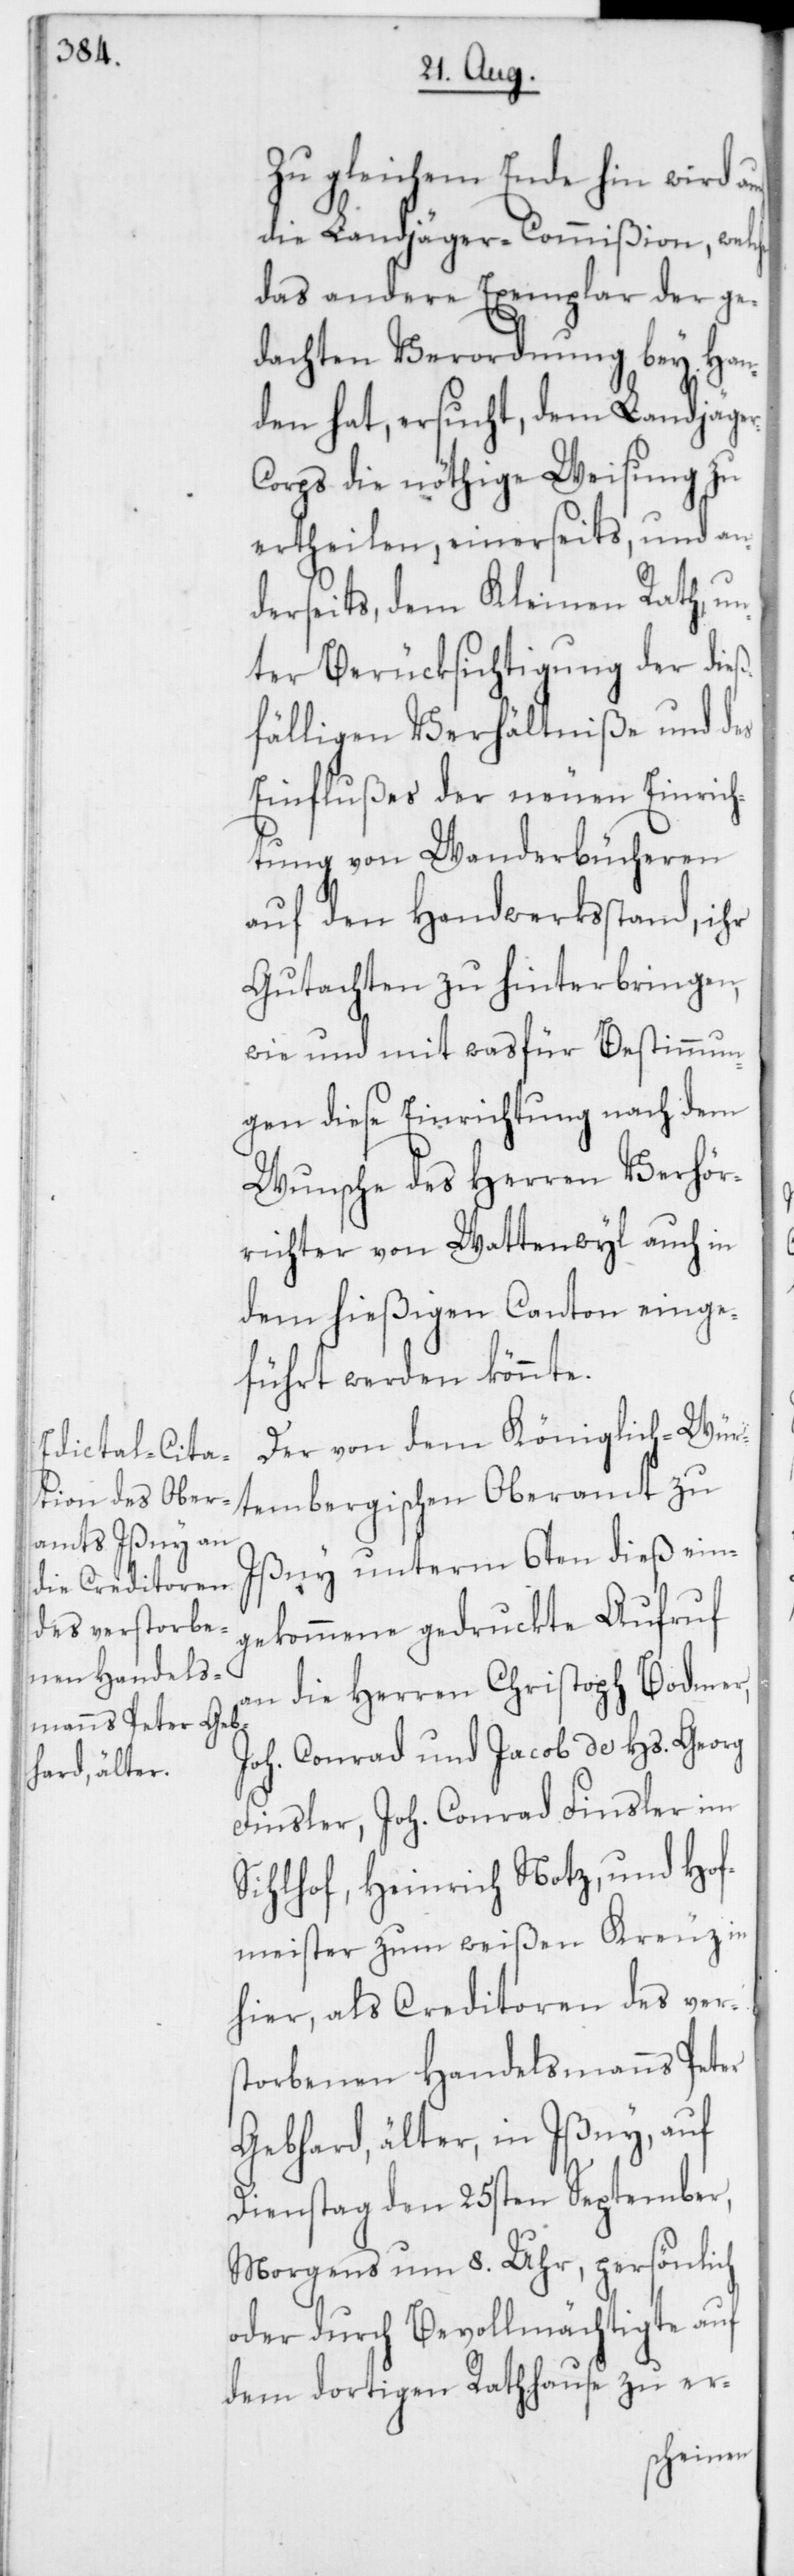
Zu gleichem Ende hin wird
die Landjäger-Commißion, welche
das andere Exemplar der ge¬
dachten Verordnung bey Han¬
den hat ersucht, dem Landjäge¬
r-Corps die nöthige Weisung zu
ertheilen, einerseits, und an¬
derseits dem Kleinen Rath un¬
ter Berücksichtigung der dieß¬
fälligen Verhältniße und des
Einflußes der neuen Einrich¬
tung von Wanderbücheren
auf den Handwerksstand, ihr
Gutachten zu hinterbringen,
wie und mit wasfür Bestimmun¬
gen diese Einrichtung nach dem
Wunsche des Herren Verhör¬
richter von Wattenwyl auch in
dem hießigen Canton einge¬
führt werden könnte.
Der von dem Königlich-Wür¬
tembergischen Oberamt zu
Ißny unterm 6ten dieß ein¬
gekommene gedruckte Aufruf
an die Herren Christoph Bodmer,
Joh. Conrad und Jacob de Hs. Georg
Finsler, Joh. Conrad Finsler im
Sihlhof, Heinrich Notz und Hof¬
meister zum weißen Kreuz in
hier, als Creditoren des vers¬
torbenen Handelsmanns Peter
Gebhard älter, in Ißny, auf
Dienstag den 25sten September,
Morgens um 8. Uhr, persönlich
oder durch Bevollmächtigte auf
dem dortigen Rathhause zu er-